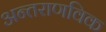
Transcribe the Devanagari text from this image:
अन्तराणविक